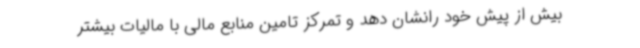
بیش از پیش خود رانشان دهد و تمرکز تامین منابع مالی با مالیات بیشتر